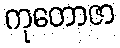
ကုတောဇာ